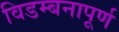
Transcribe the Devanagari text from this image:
विडम्बनापूर्ण